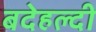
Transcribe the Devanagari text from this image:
बदेहल्दी